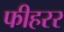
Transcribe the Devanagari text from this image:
फीहरर